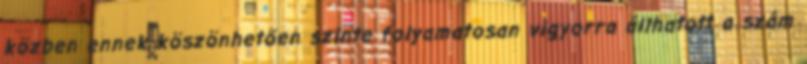
közben ennek köszönhetően szinte folyamatosan vigyorra állhatott a szám